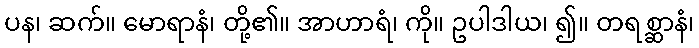
ပန၊ ဆက်။ မောရာနံ၊ တို့၏။ အာဟာရံ၊ ကို။ ဥပါဒါယ၊ ၍။ တရစ္ဆာနံ၊